Report on vaccination in Madras 1895-1903 - 1895-1903
Year: 1895
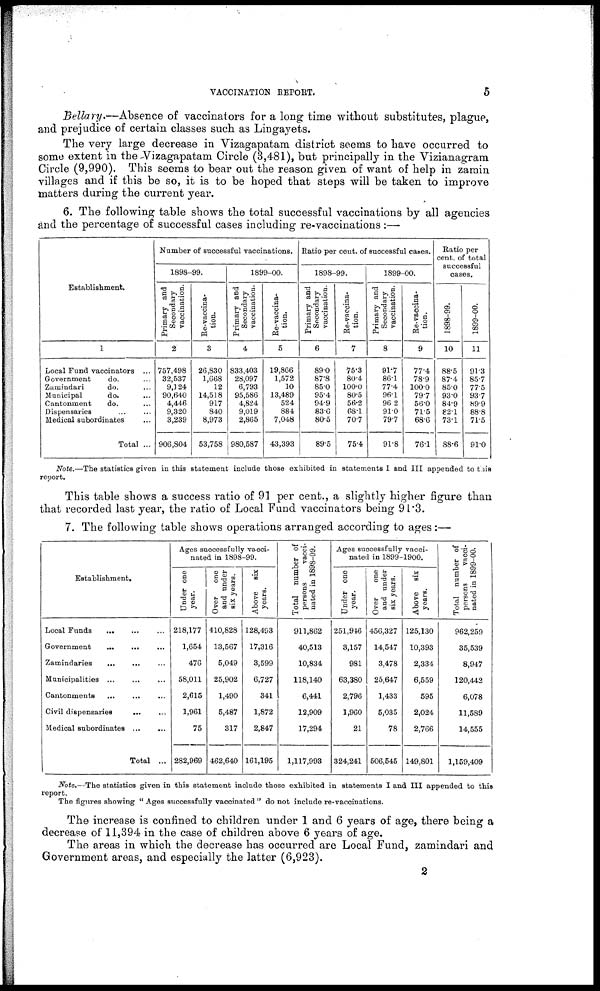
VACCINATION REPORT.
5
Bellary.—Absence of vaccinators for a long time without substitutes, plague,
and prejudice of certain classes such as Lingayets.
The very large decrease in Vizagapatam district seems to have occurred to
some extent in the Vizagapatam Circle (3,481), but principally in the Vizianagram
Circle (9,990). This seems to bear out the reason given of want of help in zamin
villages and if this be so, it is to be hoped that steps will be taken to improve
matters during the current year.
6. The following table shows the total successful vaccinations by all agencies
and the percentage of successful cases including re-vaccinations :—
Establishment.
1
Local Fund vaccinators ...
Government
do. ...
Zamindari
do. ...
Municipal
do. ...
Cantonment
do. ...
Dispensaries ... ...
Medical subordinates ...
Total ...
Number of successful vaccinations.
1898-99.
Primary and
Secondary
vaccination.
2
757,498
32,537
9,124
90,640
4,446
9,320
3,239
906,804
Re-vaccina-
tion.
3
26,830
1,668
12
14,518
917
840
8,973
53,758
1899-00.
Primary and
Secondary
vaccination.
4
833,403
28,097
6,793
95,586
4,824
9,019
2,865
980,587
Re-vaccina-
tion.
5
19,866
1,572
10
13,489
524
884
7,048
43,393
Ratio per cent. of successful cases.
1898-99.
Primary and
Secondary
vaccination.
6
89.0
87.8
850
95.4
94.9
83.6
80.5
89.5
Re-vaccina-
tion.
7
75.3
80.4
100.0
80.5
56.2
68.1
70.7
75.4
1899-00.
Primary and
Secondary
vaccination.
8
91.7
86.1
77.4
96.1
96.2
91.0
79.7
91.8
Re-vaccina-
tion.
9
77.4
78.9
100.0
79.7
56.0
71.5
68.6
76.1
Ratio per
cent. of total
successful
cases.
1898-99.
10
88.5
87.4
85.0
93.0
84.9
82.1
73.1
88.6
1899-00.
11
91.3
85.7
77.5
93.7
89.9
88.8
71.5
91.0
Note.—The statistics given in this statement include those exhibited in statements I and III appended to this
report.
This table shows a success ratio of 91 per cent., a slightly higher figure than
that recorded last year, the ratio of Local Fund vaccinators being 91.3.
7. The following table shows operations arranged according to ages:—
Establishment.
Local Funds
Government
...
...
Zamindaries
Municipalities ...
Cantonments
Civil dispensaries
...
Medical subordinates ...
...
Total ...
Ages successfully vacci-
nated in 1898-99.
Under one
year.
218,177
1,654
476
58,011
2,615
1,961
75
282,969
Over one
and under
six years.
410,828
13,567
5,049
25,902
1,490
5,487
317
462,640
Above six
years.
128,493
17,316
3,599
6,727
341
1,872
2,847
161,195
Total number of
persons
vacci-
nated in 1898-99.
911,862
40,513
10,834
118,140
6,441
12,909
17,294
1,117,993
Ages successfully vacci-
nated in 1899-1900.
Under one
year.
251,946
3,157
981
63,380
2,796
1,960
21
324,241
Over
one
and under
six years.
456,327
14,547
3,478
25,647
1,433
5,035
78
506,545
Above six
years.
125,130
10,393
2,334
6,559
595
2,024
2,766
149,801
Total number of
persons
vacci-
nated in 1899-00.
962,259
35,539
8,947
120,442
6,078
11,589
14,555
1,159,409
Note.—The statistics given in this statement include those exhibited in statements I and III appended to this
report.
The figures showing " Ages successfully vaccinated " do not include re-vaccinations.
The increase is confined to children under 1 and 6 years of age, there being a
decrease of 11,394 in the case of children above 6 years of age.
The areas in which the decrease has occurred are Local Fund, zamindari and
Government areas, and especially the latter (6,923).
2